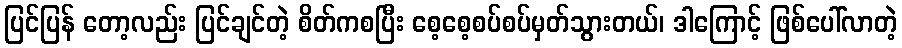
ပြင်ပြန် တော့လည်း ပြင်ချင်တဲ့ စိတ်ကစပြီး စေ့စေ့စပ်စပ်မှတ်သွားတယ်၊ ဒါကြောင့် ဖြစ်ပေါ်လာတဲ့